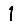
Digit: 1